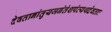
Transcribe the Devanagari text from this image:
देवतानांतुयजनंतंशपंत्यथदेवताः